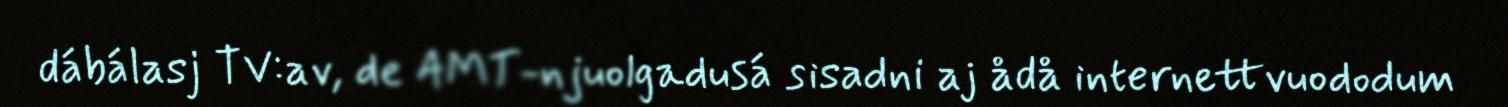
dábálasj TV:av, de AMT-njuolgadusá sisadni aj ådå internettvuododum